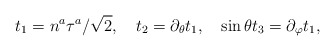
\begin{align*}t_1=n^{a}\tau^{a}/\sqrt{2},\quad t_{2}=\partial_{\theta}t_{1},\quad\sin\theta t_{3}=\partial_{\varphi}t_{1},\end{align*}